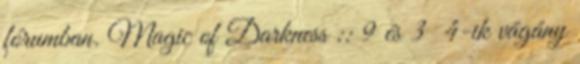
fórumban. Magic of Darkness :: 9 és 3 4-ik vágány